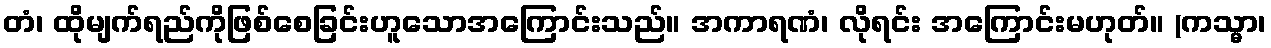
တံ၊ ထိုမျက်ရည်ကိုဖြစ်စေခြင်းဟူသောအကြောင်းသည်။ အကာရဏံ၊ လိုရင်း အကြောင်းမဟုတ်။ (ကသ္မာ၊